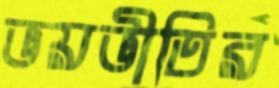
ভয়ভীতির